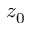
z _ { 0 }